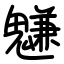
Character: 魐